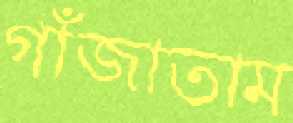
গাঁজাতাম